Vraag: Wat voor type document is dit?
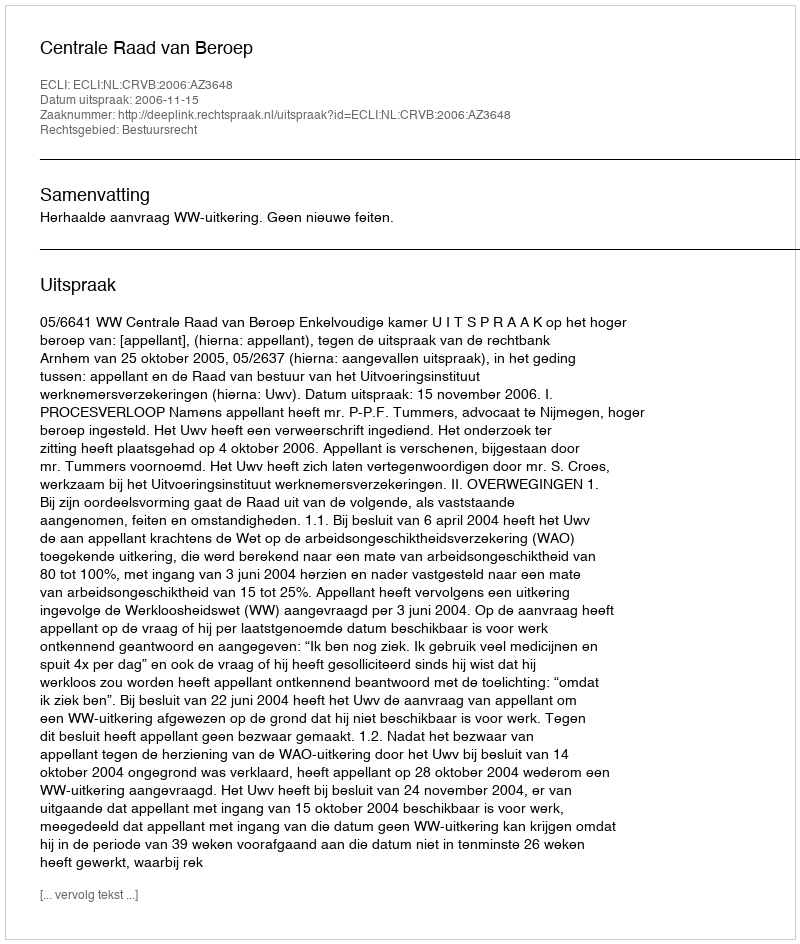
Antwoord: Uitspraak